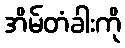
အိမ်တံခါးကို